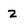
Character: z